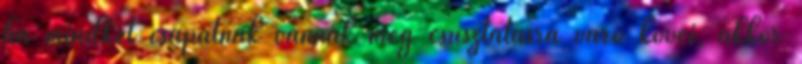
ha mindkét csapatnak vannak még csúsztatásra váró kövei, akkor